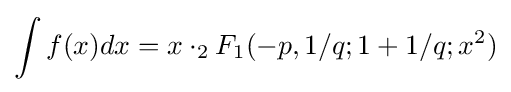
\int f(x)dx=x\cdot _{2}F_{1}(-p,1/q;1+1/q;x^{2})